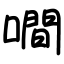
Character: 㗴